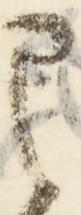
部